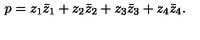
p = z _ { 1 } \bar { z } _ { 1 } + z _ { 2 } \bar { z } _ { 2 } + z _ { 3 } \bar { z } _ { 3 } + z _ { 4 } \bar { z } _ { 4 } .